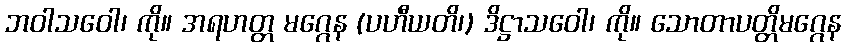
ဘဝါသဝေါ၊ ကို။ အရဟတ္တ မဂ္ဂေန (ပဟီယတိ၊) ဒိဋ္ဌာသဝေါ၊ ကို။ သောတာပတ္တိမဂ္ဂေန